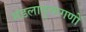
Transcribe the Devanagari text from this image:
मंडलायुक्तगणों